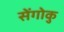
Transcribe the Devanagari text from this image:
सेंगोकु